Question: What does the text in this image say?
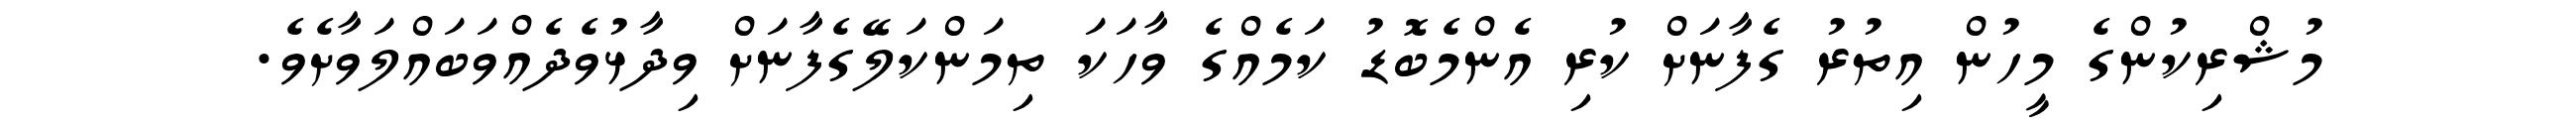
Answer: މުޝްރިކުންގެ މީހުން އިތުރު ގެފާނަށް ކުރި އެންމެބޮޑު ކަމެއްގެ ވާހަކަ ތިމަންކަލޭގެފާނަށް ވިދާޅުވެދެއްވަބައްލަވާށެވެ.